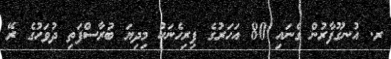
ރ. އުނގޫފާރުން ގެނައި 80 އަހަރުގެ ފިރިހެނަކު މިދިޔަ ބުރާސްފަތި ދުވަހުގެ ރޭ